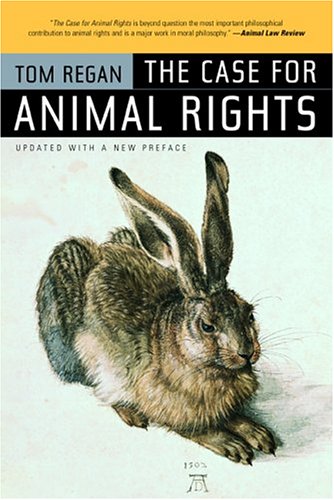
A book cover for The Case for Animal Rights; Tom Regan; Science & Math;